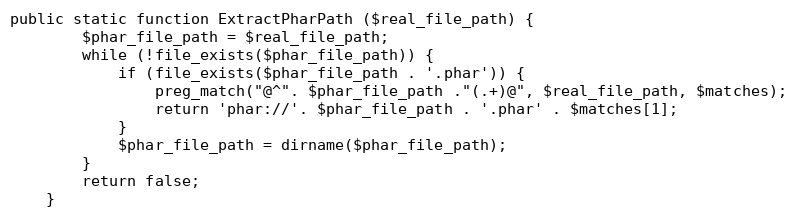
Language: PHP
public static function ExtractPharPath ($real_file_path) {
		$phar_file_path = $real_file_path;
		while (!file_exists($phar_file_path)) {
			if (file_exists($phar_file_path . '.phar')) {
				preg_match("@^". $phar_file_path ."(.+)@", $real_file_path, $matches);
				return 'phar://'. $phar_file_path . '.phar' . $matches[1];
			}
			$phar_file_path = dirname($phar_file_path);
		}
		return false;
	}